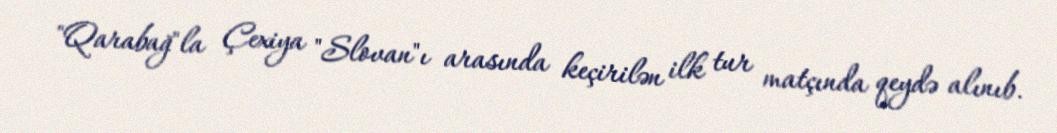
"Qarabağ"la Çexiya "Slovan"ı arasında keçirilən ilk tur matçında qeydə alınıb.